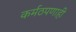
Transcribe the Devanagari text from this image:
कर्मठपणाही